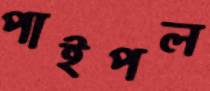
পাইপল